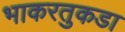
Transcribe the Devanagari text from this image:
भाकरतुकडा